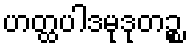
ဟတ္ထပါဒမုဒုတဉ္စ